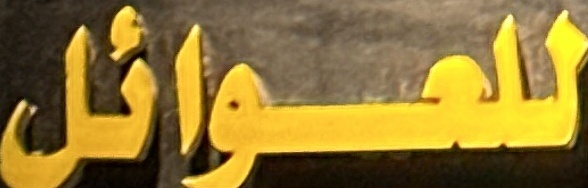
للعوائل